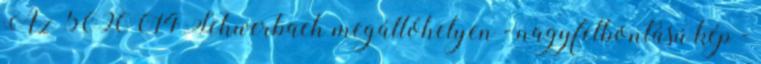
Az 5090 014 Schwerbach megállóhelyen - nagyfelbontású kép -